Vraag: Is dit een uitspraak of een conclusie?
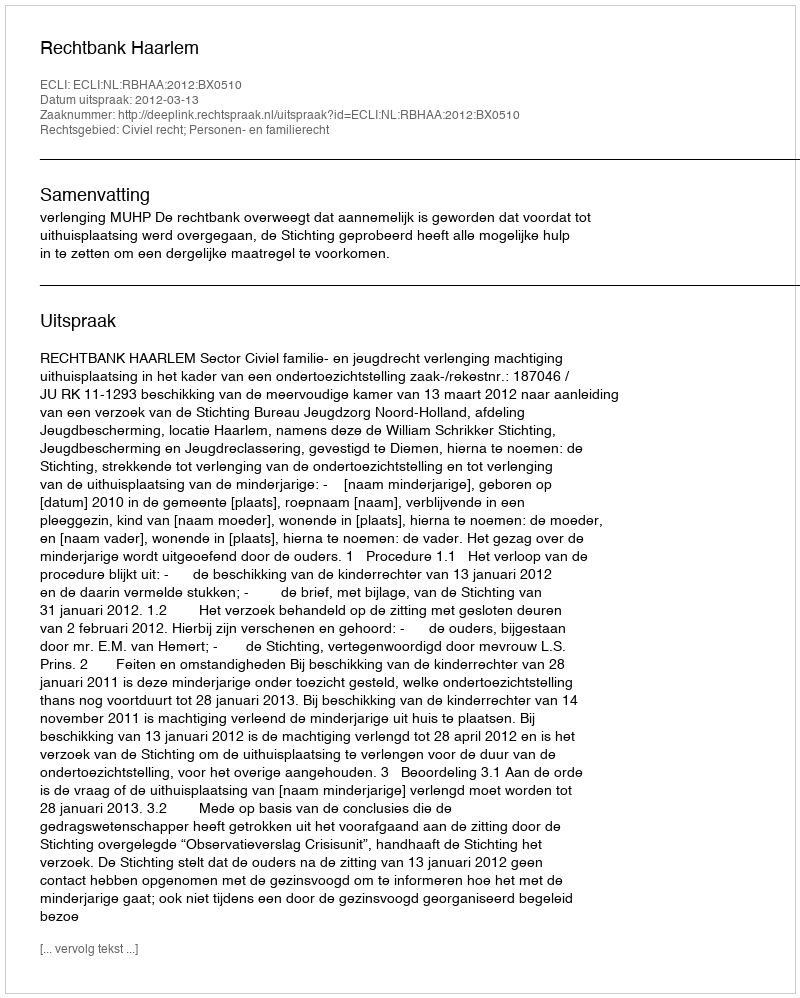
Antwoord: Uitspraak